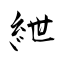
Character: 紲